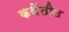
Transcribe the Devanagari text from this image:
कथेंतील